Scottish Leaving Certificate Examination, 1955
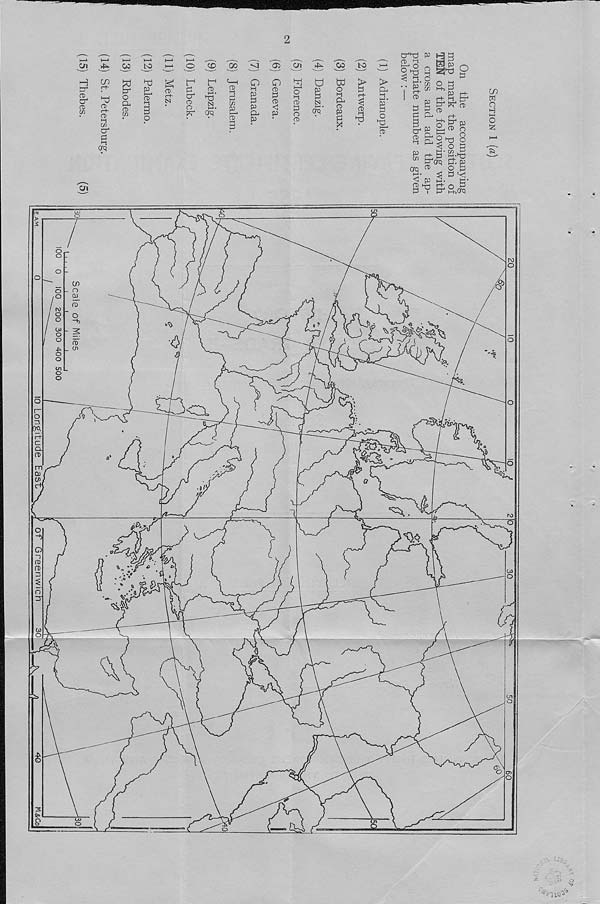
^£1
H
tr
a"
a> w
co to
<X>00<ICX>Cfl4^COtO
CD
r+-
‘Tj
CD (-+•
CD
>-i
w
a"
P •-i
CfQ
g
O
Q-
CD
in
hd
p t—*
CD
CD f-h
N
a"
CD
o
CD
CS t —* •
CfQ
CD
P
cn
?L
CD
3
o H
P
&
P
o
CD
3
CD
<1
P
s a
o h i
CD
P
O
CD
OQ
W
g
CD
X
3
CD i-i
T3
>
Pj H M*
I—*
CD
CT^ P 1-3 P
£Lg
Mg 0
O h§ q iz!T3 O
< ^ o
p
5* c^ o a
H-h a
„ g P" X" CD
►-J ' (T)
P Pu"
3
o fpp
i-;- cn £
j'p
CO
w
o
H i—)
o
BfiT'
Oi
GTQ ^
O ^
p
p 'q.
2
3 O r3
a i a" h+jCtq
o^- o _
_ n
fv _
~b
U) _
_ cn
ul L
o.
TO,
Cl
' ■ '‘VuqD' 5 ’